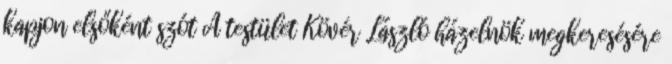
kapjon elsőként szót A testület Kövér László házelnök megkeresésére